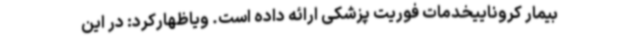
بیمار کروناییخدمات فوریت پزشکی ارائه داده است. ویاظهارکرد: در این